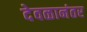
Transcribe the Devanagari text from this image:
देवळानंतर